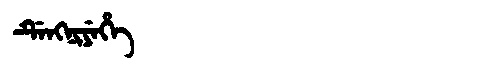
Manchu: ᡩᡝᠩᠨᡳᠶᡝᡥᡝ
Romanization: DENGNIYEHE